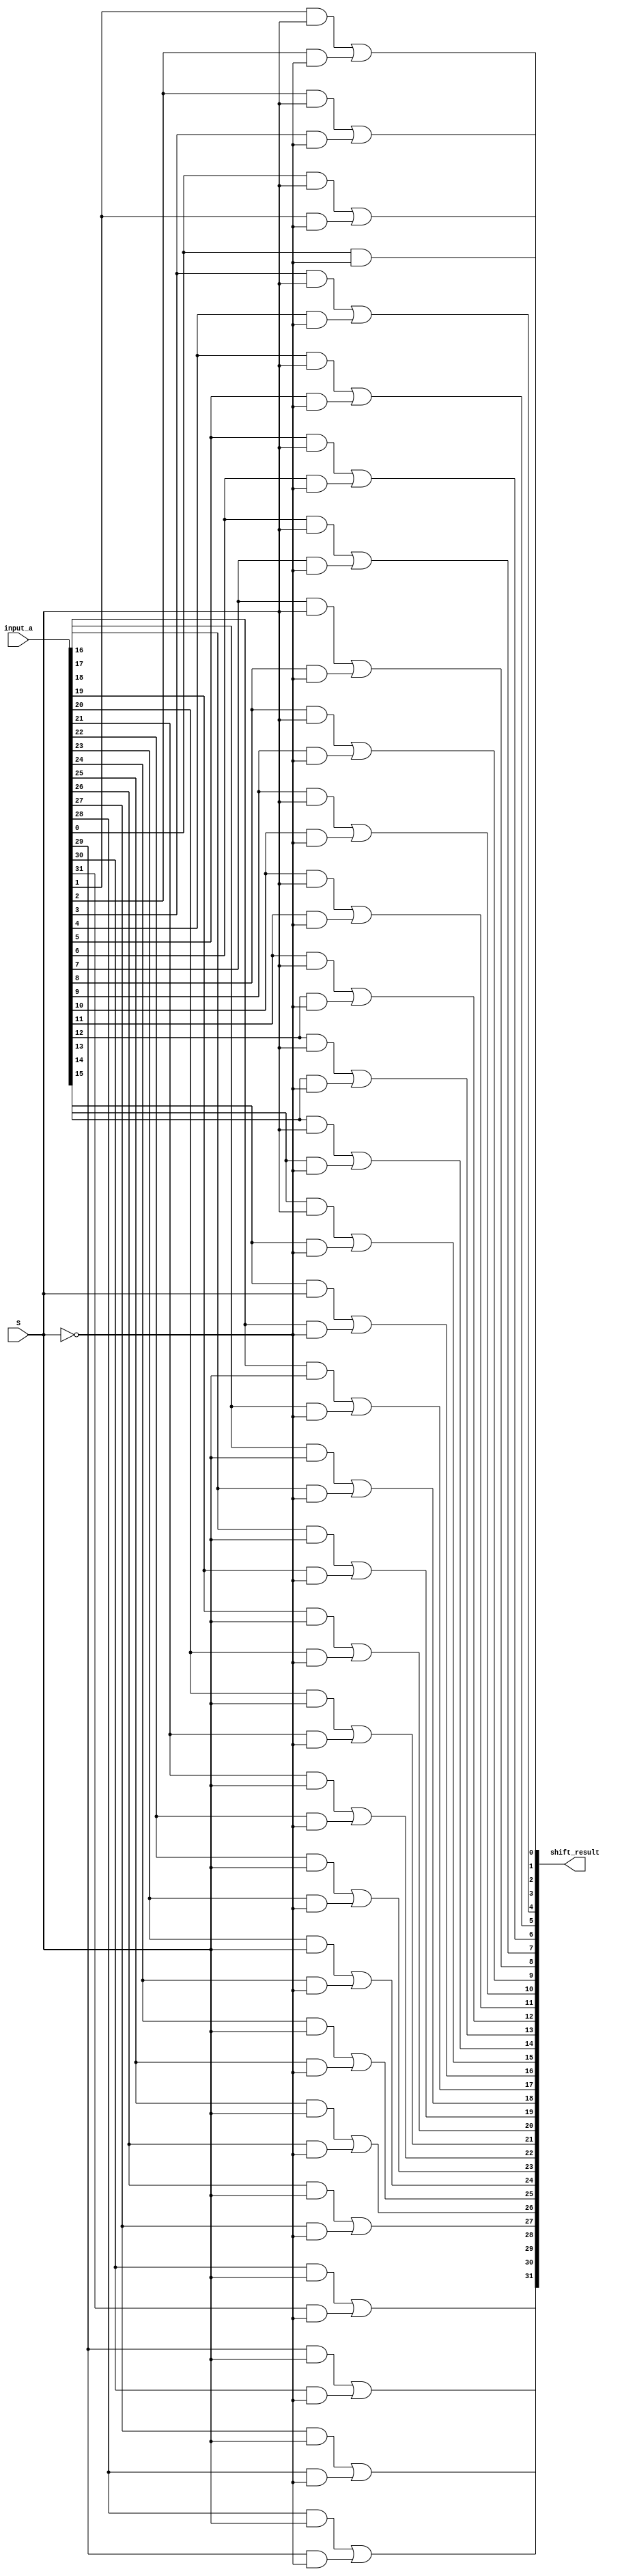
module shift_left(shift_result, input_a, S);

input S;
input  [31:0] input_a;
output [31:0] shift_result;

wire [63:0] and_temp;
wire not_S;


//Doing not operation
not (not_S, S);

//Doing FIRST_MUX operation
and (and_temp[0], 1'b0, S);
and (and_temp[1], input_a[0], not_S);
or  (shift_result[0], and_temp[0], and_temp[1]);

//Doing SECOND_MUX operation
and (and_temp[2], input_a[0], S);
and (and_temp[3], input_a[1], not_S);
or  (shift_result[1], and_temp[2], and_temp[3]);

//Doing 3TH_MUX operation
and (and_temp[4], input_a[1], S);
and (and_temp[5], input_a[2], not_S);
or  (shift_result[2], and_temp[4], and_temp[5]);

//Doing 4TH_MUX operation
and (and_temp[6], input_a[2], S);
and (and_temp[7], input_a[3], not_S);
or  (shift_result[3], and_temp[6], and_temp[7]);

//Doing 5TH_MUX operation
and (and_temp[8], input_a[3], S);
and (and_temp[9], input_a[4], not_S);
or  (shift_result[4], and_temp[8], and_temp[9]);

//Doing 6TH_MUX operation
and (and_temp[10], input_a[4], S);
and (and_temp[11], input_a[5], not_S);
or  (shift_result[5], and_temp[10], and_temp[11]);

//Doing 7TH_MUX operation
and (and_temp[12], input_a[5], S);
and (and_temp[13], input_a[6], not_S);
or  (shift_result[6], and_temp[12], and_temp[13]);

//Doing 8TH_MUX operation
and (and_temp[14], input_a[6], S);
and (and_temp[15], input_a[7], not_S);
or  (shift_result[7], and_temp[14], and_temp[15]);

//Doing 9TH_MUX operation
and (and_temp[16], input_a[7], S);
and (and_temp[17], input_a[8], not_S);
or  (shift_result[8], and_temp[16], and_temp[17]);

//Doing 10TH_MUX operation
and (and_temp[18], input_a[8], S);
and (and_temp[19], input_a[9], not_S);
or  (shift_result[9], and_temp[18], and_temp[19]);

//Doing 11TH_MUX operation
and (and_temp[20], input_a[9], S);
and (and_temp[21], input_a[10], not_S);
or  (shift_result[10], and_temp[20], and_temp[21]);

//Doing 12TH_MUX operation
and (and_temp[22], input_a[10], S);
and (and_temp[23], input_a[11], not_S);
or  (shift_result[11], and_temp[22], and_temp[23]);

//Doing 13TH_MUX operation
and (and_temp[24], input_a[11], S);
and (and_temp[25], input_a[12], not_S);
or  (shift_result[12], and_temp[24], and_temp[25]);

//Doing 14TH_MUX operation
and (and_temp[26], input_a[12], S);
and (and_temp[27], input_a[13], not_S);
or  (shift_result[13], and_temp[26], and_temp[27]);

//Doing 15TH_MUX operation
and (and_temp[28], input_a[13], S);
and (and_temp[29], input_a[14], not_S);
or  (shift_result[14], and_temp[28], and_temp[29]);

//Doing 16TH_MUX operation
and (and_temp[30], input_a[14], S);
and (and_temp[31], input_a[15], not_S);
or  (shift_result[15], and_temp[30], and_temp[31]);

//Doing 17TH_MUX operation
and (and_temp[32], input_a[15], S);
and (and_temp[33], input_a[16], not_S);
or  (shift_result[16], and_temp[32], and_temp[33]);

//Doing 18TH_MUX operation
and (and_temp[34], input_a[16], S);
and (and_temp[35], input_a[17], not_S);
or  (shift_result[17], and_temp[34], and_temp[35]);

//Doing 19TH_MUX operation
and (and_temp[36], input_a[17], S);
and (and_temp[37], input_a[18], not_S);
or  (shift_result[18], and_temp[36], and_temp[37]);

//Doing 20TH_MUX operation
and (and_temp[38], input_a[18], S);
and (and_temp[39], input_a[19], not_S);
or  (shift_result[19], and_temp[38], and_temp[39]);

//Doing 21TH_MUX operation
and (and_temp[40], input_a[19], S);
and (and_temp[41], input_a[20], not_S);
or  (shift_result[20], and_temp[40], and_temp[41]);

//Doing 22TH_MUX operation
and (and_temp[42], input_a[20], S);
and (and_temp[43], input_a[21], not_S);
or  (shift_result[21], and_temp[42], and_temp[43]);

//Doing 23TH_MUX operation
and (and_temp[44], input_a[21], S);
and (and_temp[45], input_a[22], not_S);
or  (shift_result[22], and_temp[44], and_temp[45]);

//Doing 24TH_MUX operation
and (and_temp[46], input_a[22], S);
and (and_temp[47], input_a[23], not_S);
or  (shift_result[23], and_temp[46], and_temp[47]);

//Doing 25TH_MUX operation
and (and_temp[48], input_a[23], S);
and (and_temp[49], input_a[24], not_S);
or  (shift_result[24], and_temp[48], and_temp[49]);

//Doing 26TH_MUX operation
and (and_temp[50], input_a[24], S);
and (and_temp[51], input_a[25], not_S);
or  (shift_result[25], and_temp[50], and_temp[51]);

//Doing 27TH_MUX operation
and (and_temp[52], input_a[25], S);
and (and_temp[53], input_a[26], not_S);
or  (shift_result[26], and_temp[52], and_temp[53]);

//Doing 28TH_MUX operation
and (and_temp[54], input_a[26], S);
and (and_temp[55], input_a[27], not_S);
or  (shift_result[27], and_temp[54], and_temp[55]);

//Doing 29TH_MUX operation
and (and_temp[56], input_a[27], S);
and (and_temp[57], input_a[28], not_S);
or  (shift_result[28], and_temp[56], and_temp[57]);

//Doing 30TH_MUX operation
and (and_temp[58], input_a[28], S);
and (and_temp[59], input_a[29], not_S);
or  (shift_result[29], and_temp[58], and_temp[59]);

//Doing 31TH_MUX operation
and (and_temp[60], input_a[29], S);
and (and_temp[61], input_a[30], not_S);
or  (shift_result[30], and_temp[60], and_temp[61]);

//Doing 32TH_MUX operation
and (and_temp[62], input_a[30], S);
and (and_temp[63], input_a[31], not_S);
or  (shift_result[31], and_temp[62], and_temp[63]);


endmodule